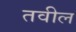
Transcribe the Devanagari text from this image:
तवील